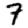
Digit: 7